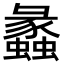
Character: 蠡